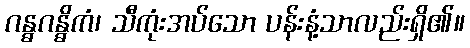
ဂန္ဓဂန္ဓိကံ၊ သီကုံးအပ်သော ပန်းနံ့သာလည်းရှိ၏။